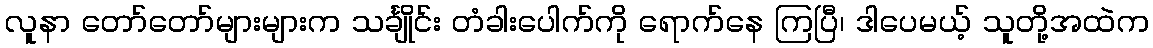
လူနာ တော်တော်များများက သင်္ချိုင်း တံခါးပေါက်ကို ရောက်နေ ကြပြီ၊ ဒါပေမယ့် သူတို့အထဲက